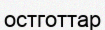
остготтар